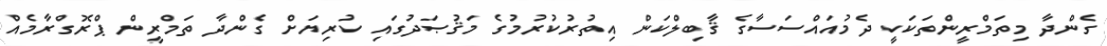
ގެންދާ މިތަމްރީންތަކަކީ ދެމުއައްސަސާގެ ޤާބިލްކަން އިތުރުކުރުުމުގެ މަޤުޞަދުގައި ކުރިޔަށް ގެންދާ ތަމްރީން ޕްރޮގްރާމެއް